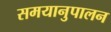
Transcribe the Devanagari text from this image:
समयानुपालन